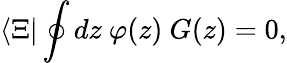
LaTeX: \langle\Xi|\oint dz\ \varphi(z)\ G(z)=0,